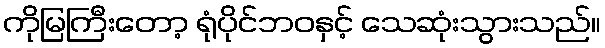
ကိုမြကြီးတော့ ရုံပိုင်ဘဝနှင့် သေဆုံးသွားသည်။